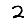
Digit: 2